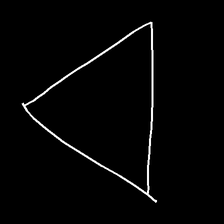
Glyph: convergence